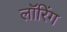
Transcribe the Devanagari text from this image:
लॉरिंग